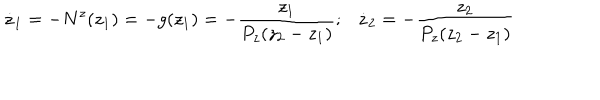
LaTeX: \dot { z } _ { 1 } = - N ^ { z } ( z _ { 1 } ) = - g ( z _ { 1 } ) = - \frac { z _ { 1 } } { P _ { z } ( z _ { 2 } - z _ { 1 } ) } ; \dot { z } _ { 2 } = - \frac { z _ { 2 } } { P _ { z } ( z _ { 2 } - z _ { 1 } ) }